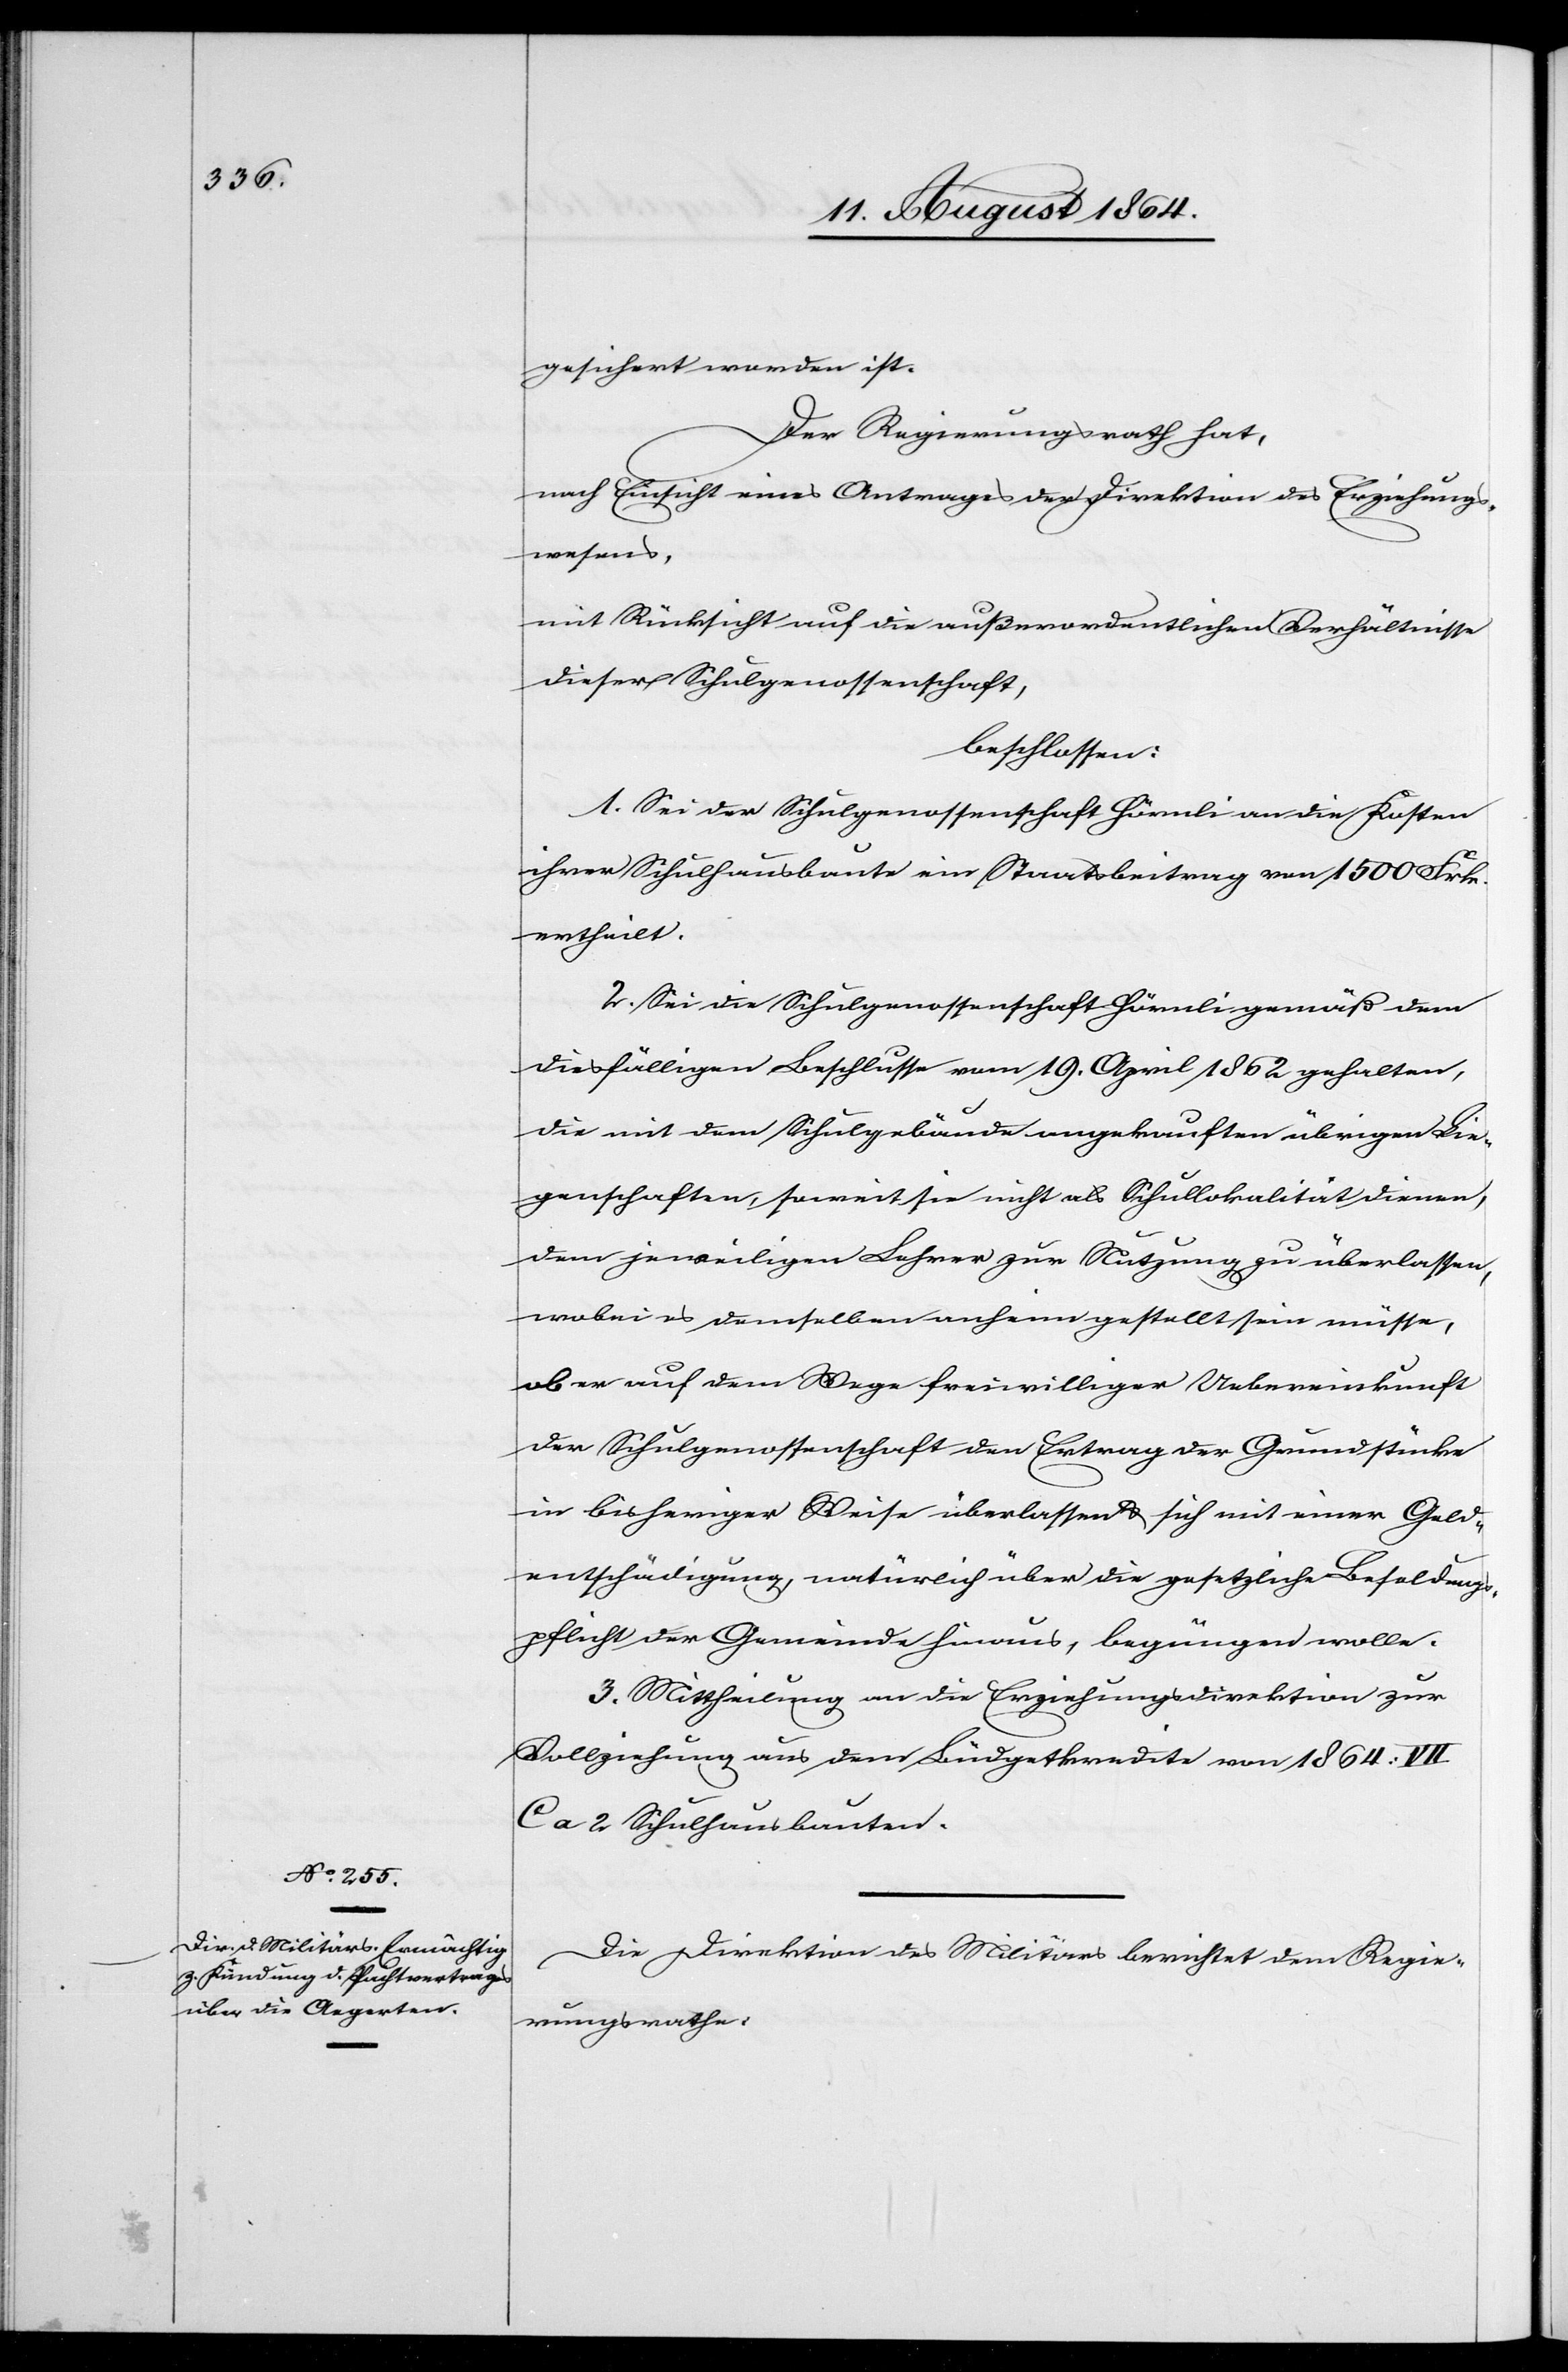
gesichert worden ist.
Der Regierungsrath hat,
nach Einsicht eines Antrages der Direktion des Erziehungs¬
wesens,
mit Rücksicht auf die außerordentlichen Verhältnisse
dieser Schulgenossenschaft,
beschlossen:
1. Sei der Schulgenossenschaft Hörnli an die Kosten
ihrer Schulhausbaute ein Staatsbeitrag von 1500 Frk.
ertheilt.
2. Sei die Schulgenossenschaft Hörnli gemäß dem
diesfälligen Beschlusse vom 19. April 1862 gehalten,
die mit dem Schulgebäude angekauften übrigen Lie¬
genschaften, soweit sie nicht als Schullokalität dienen,
dem jeweiligen Lehrer zur Nutzung zu überlassen,
wobei es demselben anheim gestellt sein müsse,
ob er auf dem Wege freiwilliger Uebereinkunft
der Schulgenossenschaft den Ertrag der Grundstücke
in bisheriger Weise überlassen & sich mit einer Geld¬
entschädigung, natürlich über die gesetzliche Besoldungs¬
pflicht der Gemeinde hinaus, begnügen wolle.
3. Mittheilung an die Erziehungsdirektion zur
Vollziehung aus dem Büdgetkredite von 1864: VII
Ca 2 Schulhausbauten.
Die Direktion des Militärs berichtet dem Regie¬
rungsrathe: